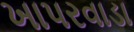
ખાપરવાડા